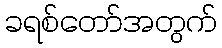
ခရစ်တော်အတွက်